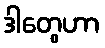
ဒါတွေဟာ